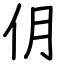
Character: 仴